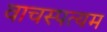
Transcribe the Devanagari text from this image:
वाचस्पत्यम